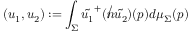
( u _ { 1 } , u _ { 2 } ) : = \int _ { \Sigma } \tilde { u _ { 1 } } ^ { + } ( { \not n } \tilde { u _ { 2 } } ) ( p ) d \mu _ { \Sigma } ( p )